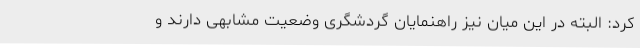
کرد: البته در این میان نیز راهنمایان گردشگری وضعیت مشابهی دارند و